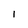
Character: l